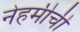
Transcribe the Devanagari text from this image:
नेहमीचीं